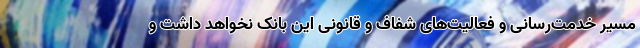
مسیر خدمت‌رسانی و فعالیت‌های شفاف و قانونی این بانک نخواهد داشت و